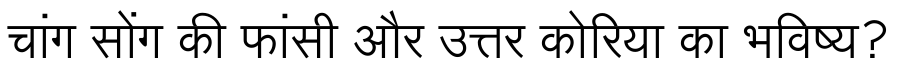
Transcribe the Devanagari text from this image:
चांग सोंग की फांसी और उत्तर कोरिया का भविष्य?